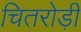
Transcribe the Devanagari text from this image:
चितरोड़ी